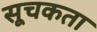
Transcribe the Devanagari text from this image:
सूचकता